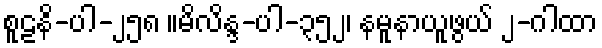
စူဠနိ-ပါ-၂၅၈ ။မိလိန္ဒ-ပါ-၃၅၂၊ နမူနာယူဖွယ် ၂-ဂါထာ